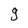
Character: g